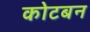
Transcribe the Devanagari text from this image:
कोटबन